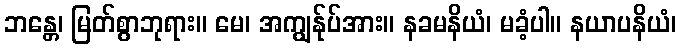
ဘန္တေ၊ မြတ်စွာဘုရား။ မေ၊ အကျွန်ုပ်အား။ နခမနိယံ၊ မခံ့ပါ။ နယာပနိယံ၊